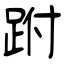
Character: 跗